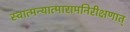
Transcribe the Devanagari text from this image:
स्वात्मन्यात्मारामनिरीक्षणात्